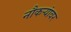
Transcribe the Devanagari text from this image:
नौकऱ्यांवर